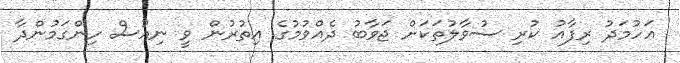
އަހުމަދު ރިފާއު ކުރި ސުވާލުތަކަށް ޖަވާބު ދެއްވުމުގެ އިތުރުން ވީ ނިއުސް ހިންގަމުންދާ